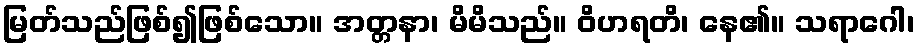
မြတ်သည်ဖြစ်၍ဖြစ်သော။ အတ္တနာ၊ မိမိသည်။ ဝိဟရတိ၊ နေ၏။ သရာဂေါ၊